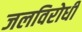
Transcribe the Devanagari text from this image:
जलविरोधी